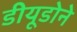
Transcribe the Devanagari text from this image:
डीयूडोने